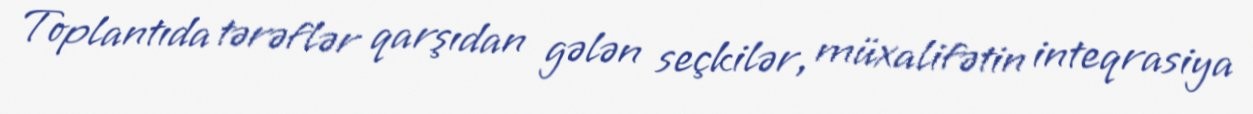
Toplantıda tərəflər qarşıdan gələn seçkilər, müxalifətin inteqrasiya